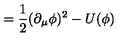
= \frac { 1 } { 2 } ( \partial _ { \mu } \phi ) ^ { 2 } - U ( \phi )